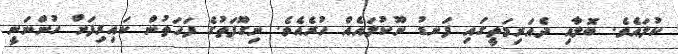
ކުލައެވެ. ބޮލާއި ދެއަރިމަތީގައި ފަނޑު ނޫކުލައެއް ހުރެއެވެ. ނިގޫފަތުގެ ފަހަތުން ކައިރިފަށް ހުންނަނީ